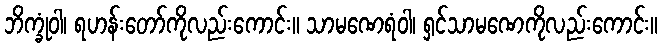
ဘိက္ခုံဝါ၊ ရဟန်းတော်ကိုလည်းကောင်း။ သာမဏေရံဝါ၊ ရှင်သာမဏေကိုလည်းကောင်း။